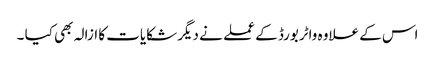
اس کے علاوہ واٹربورڈ کے عملے نے دیگر شکایات کا ازالہ بھی کیا ۔